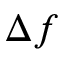
\Delta f